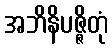
အဘိနိပဇ္ဇိတုံ